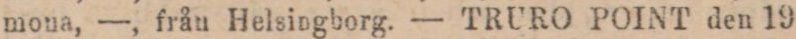
mona, —, från Helsingborg. — TRURO POINT den 19